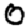
Digit: 0